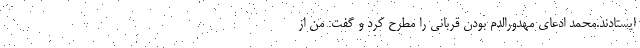
ایستادند.محمد ادعای مهدورالدم بودن قربانی را مطرح کرد و گفت: من از